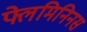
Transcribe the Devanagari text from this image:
फ्लेमिनिनस